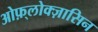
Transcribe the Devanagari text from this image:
ओफ़्लोक्ज़ासिन